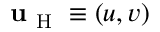
\mathbf { u } _ { \mathrm { ~ H ~ } } \equiv ( u , v )